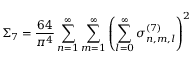
\Sigma _ { 7 } = \frac { 6 4 } { \pi ^ { 4 } } \sum _ { n = 1 } ^ { \infty } \sum _ { m = 1 } ^ { \infty } \left( \sum _ { l = 0 } ^ { \infty } \sigma _ { n , m , l } ^ { ( 7 ) } \right) ^ { 2 }